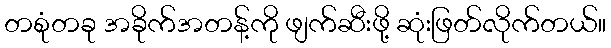
တစုံတခု အခိုက်အတန့်ကို ဖျက်ဆီးဖို့ ဆုံးဖြတ်လိုက်တယ်။